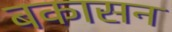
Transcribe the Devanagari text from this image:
बकासन